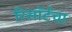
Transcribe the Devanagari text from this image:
रिसॉर्टचा